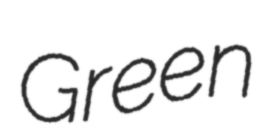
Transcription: Green